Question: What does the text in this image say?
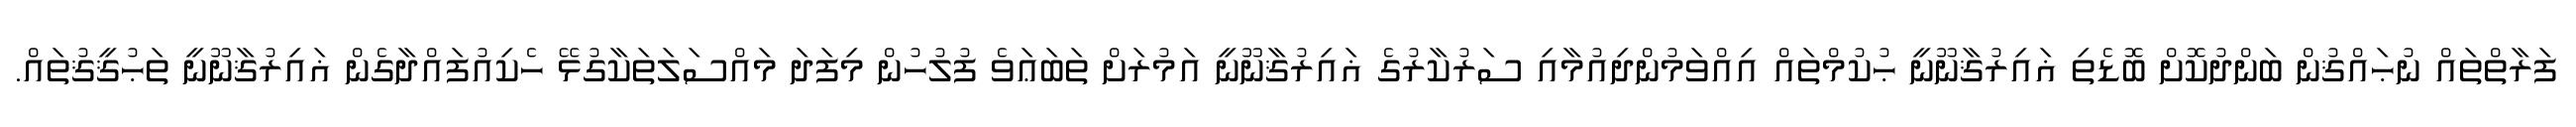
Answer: ފަރާތްތައް ނުޙައްޤުން ބަންދުކޮށް ބޮޑެތި ޣައިރުޤާނޫނީ ޙުކުމްތައް އިއްވަމުންދިއުމާއި ސަރުކާރުގެ ޣައިރުޤާނޫނީ އަމުރަށް ތަބަޢަވެ ފުލުހުން މިފަދަ މައްސަލަތަކާގުޅޭ ހެކިއުފައްދާގެން ޣައިރުޤާނޫނީ ތަޙުޤީޤުތައް.